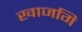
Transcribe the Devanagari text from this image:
खाजगि